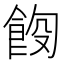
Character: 𫗑